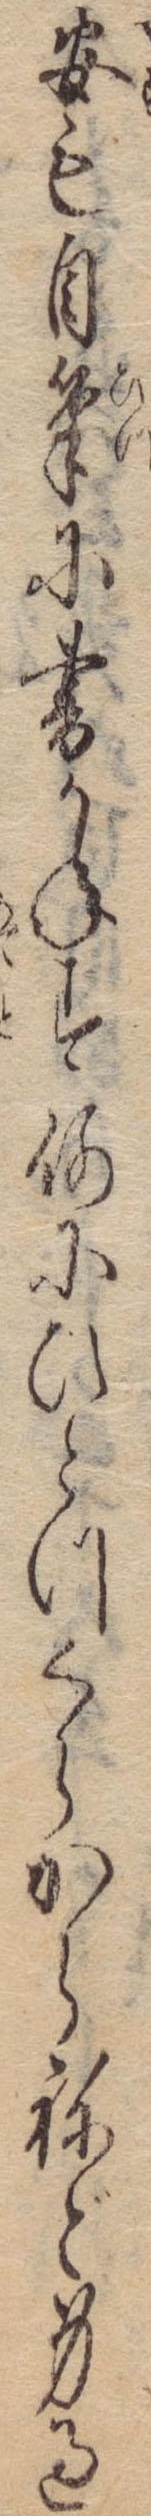
安も自筆に書かねす何にひとつくらからねど身過